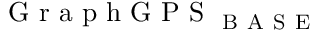
\mathrm { ~ G ~ r ~ a ~ p ~ h ~ G ~ P ~ S ~ } _ { \mathrm { ~ B ~ A ~ S ~ E ~ } }